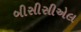
બીસીસીએલ